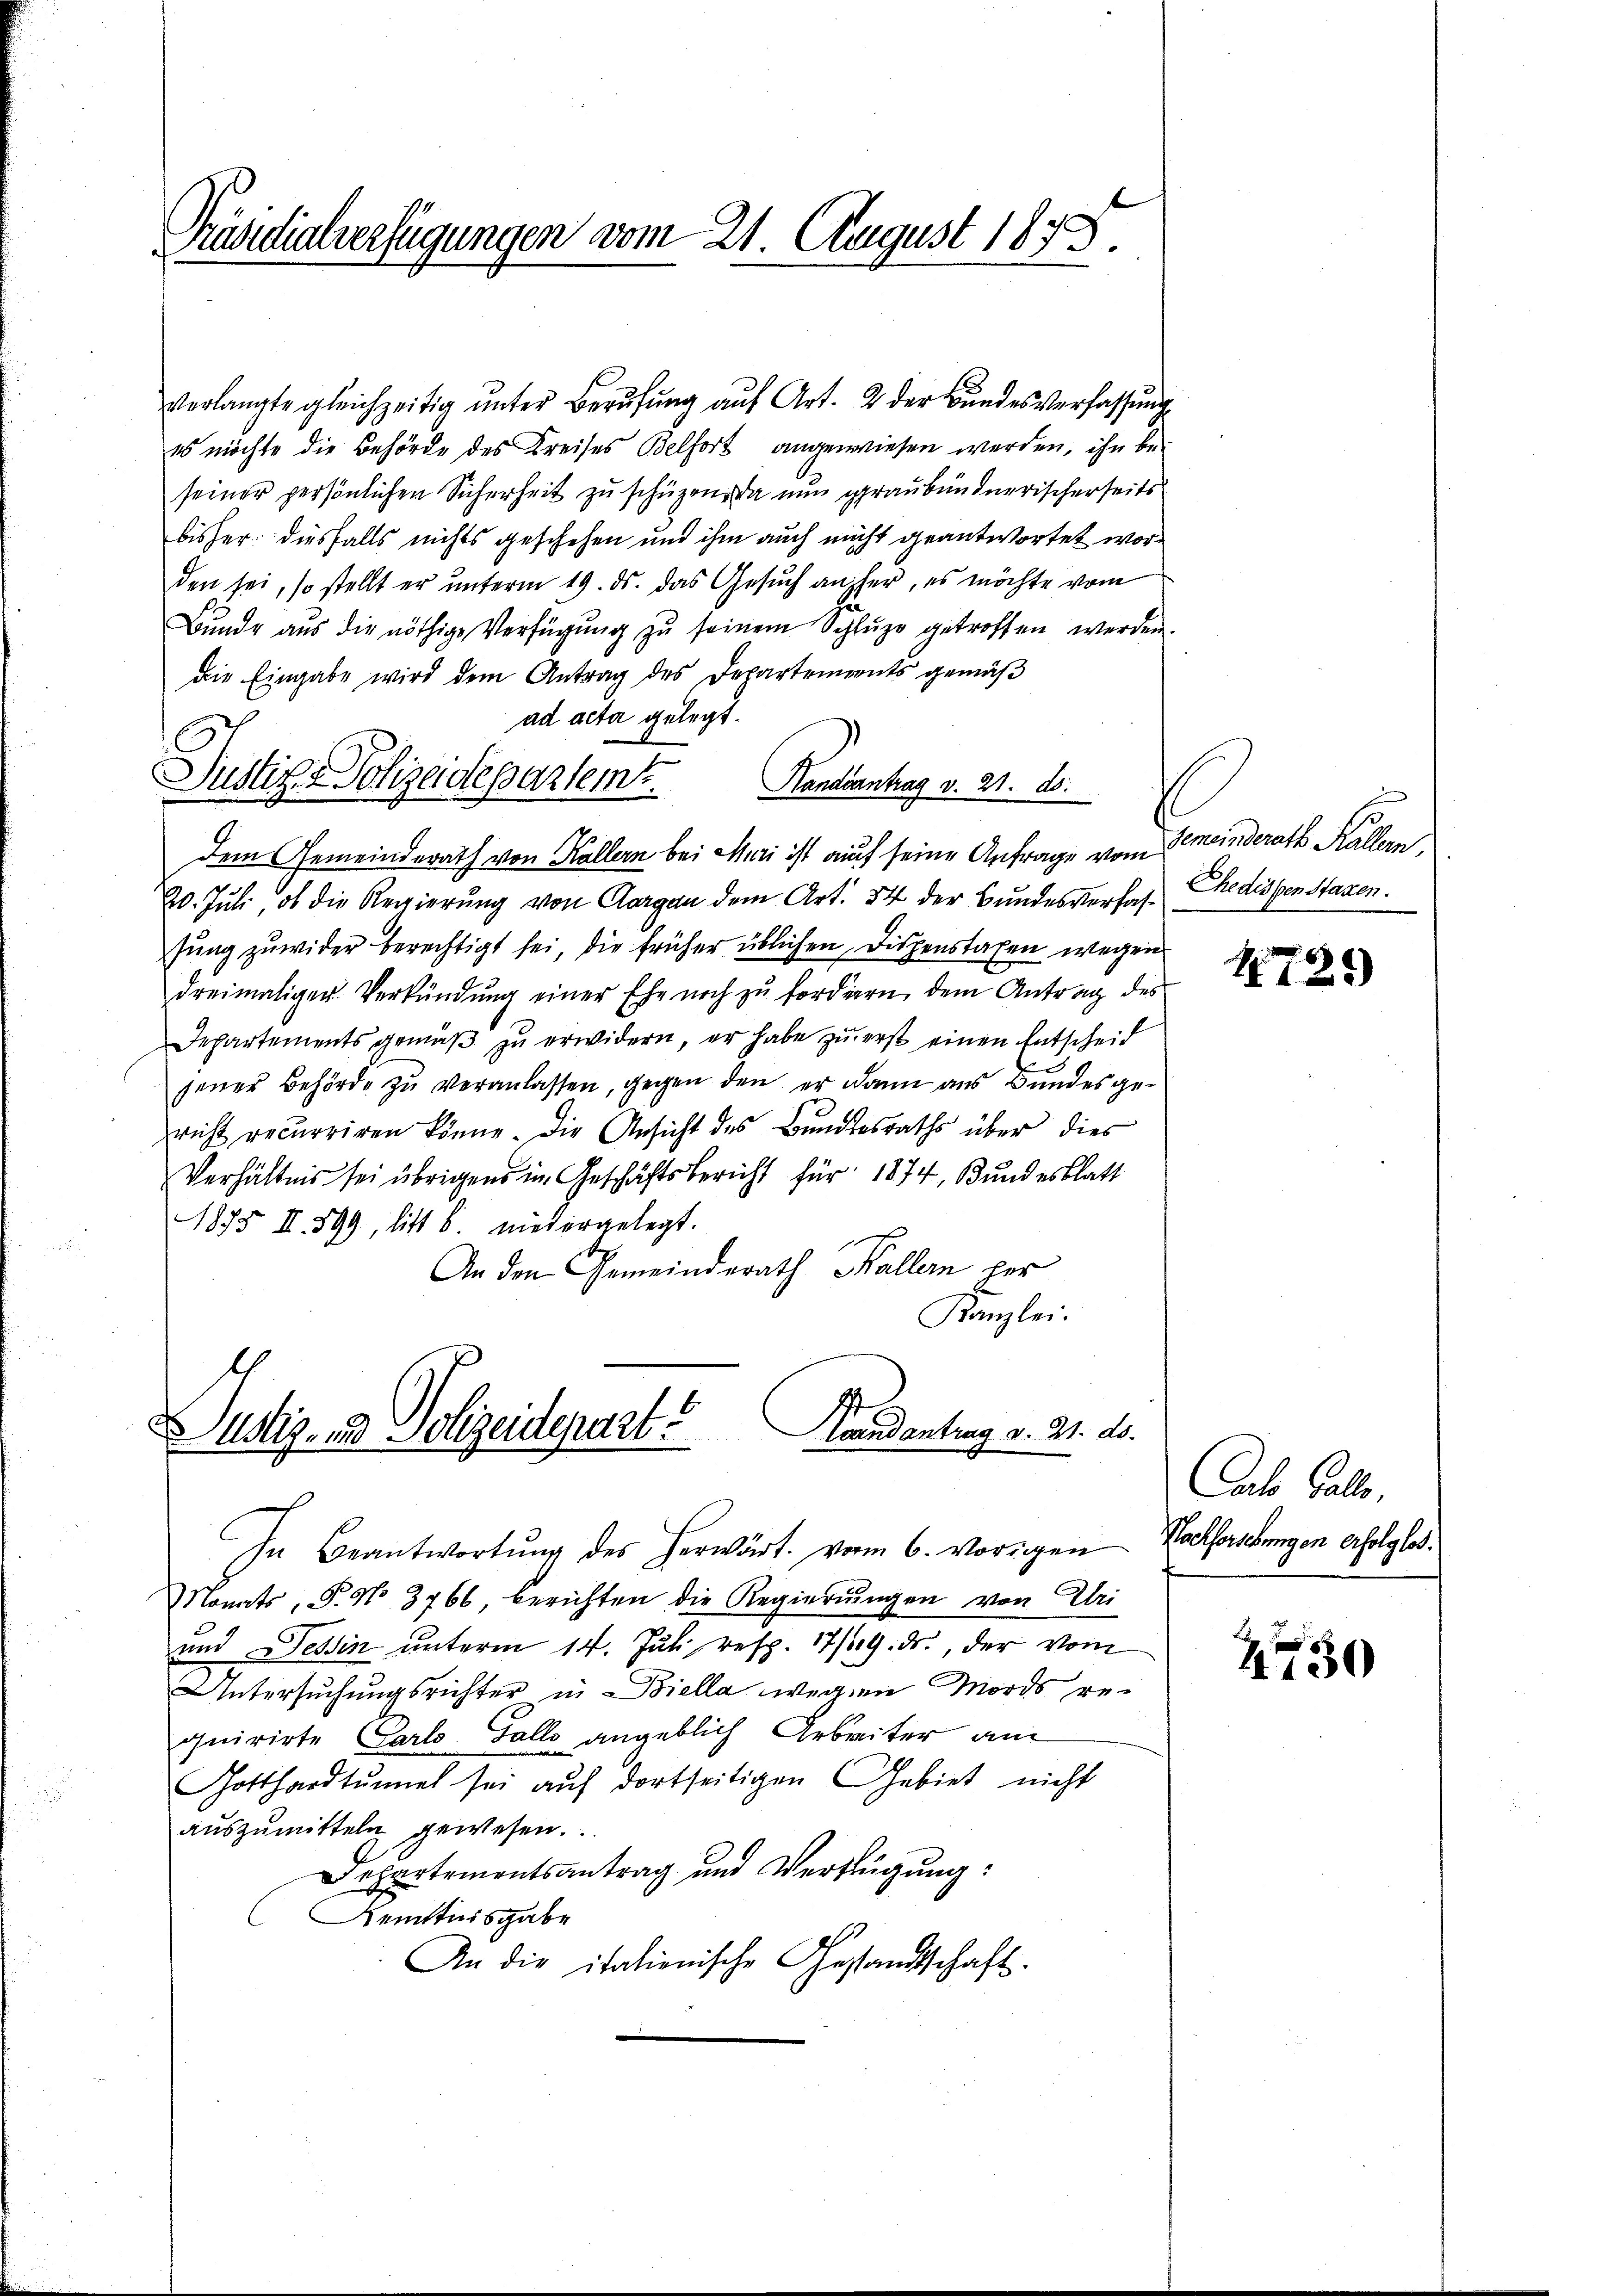
Präsidialverfügungen vom 21. August 1875.

verlangte gleichzeitig ŭnter Berŭfŭng aŭf Art. 2 der Bŭndesverfassŭng
15 möchte die Behörde des Kreises Belfort angewiesen werden, ihn beseiner persönlichen Sicherheit zu schüzen. Da nun graubündnerischerseits
bisher diesfalls nichts geschehen und ihm auch nicht geantwortet worden sei, so stellt er unterm 19. ds. das Gesŭch anher, es möchte vom
Bŭnde aŭs die nöthige Verfügŭng zŭ seinem Schlŭze getroffen werden.
die Eingabe wird dem Antrag des Departements gemäß
ad acta gelegt.
Handsantrag v. 21. ds.
dem Gemeinderath von Köllern bei Muri ist auf seine Anfrage vom Gemeinderath Kallern,
20. Juli, ob die Regierung von Aargau dem Art. 54 der Bundesverfassung zuwider berechtigt sei, die früher üblichen Dispenstafen wegen
dreimaliger Verkündung einer Ehe noch zu fordern dem Antrag des
Departements gemäβ zŭ erwidern, er habe zu erst einen Entscheid
jener Behörde zu veranlassen, gegen den er dann aus Bundes gericht recurriren könne. Die Ansicht des Bundesraths über dies
Verhältnis sei übrigens im Geschäftsbericht für 1874, Bundesblatt
1875. II. 599, litt b. niedergelegt.
An den Gemeinderath Kallern per
Kanzlei.
l
oandantrag d. M. ds.
Justiz- und Polizeidepart.

Justiz-Polizeidepartem

In Beantwortŭng des herwärt. vom 6. vorigen
Monats, P. No 3766, berichten die Regierŭngen von Uri
und Tessin unterm 14. Juli resp. 17/19. ds., der vom
Untersuchungsrichter in Biella wegen Mords requirirte Carlo Galle angeblich Arbeiter am
Gotthardtŭnel sei aŭf dortseitigen Gebiet nicht
aŭszŭmitteln gewesen.
Departementsantrag und Verfügung:
Kemttnisgabe
An die italienische Gestandtschaft.

hedissen Statten.

1721)

Calo Balle.
Nachforschungen erfolglos.

2730